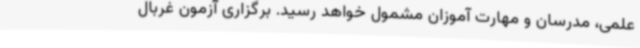
علمی، مدرسان و مهارت آموزان مشمول خواهد رسید. برگزاری آزمون غربال